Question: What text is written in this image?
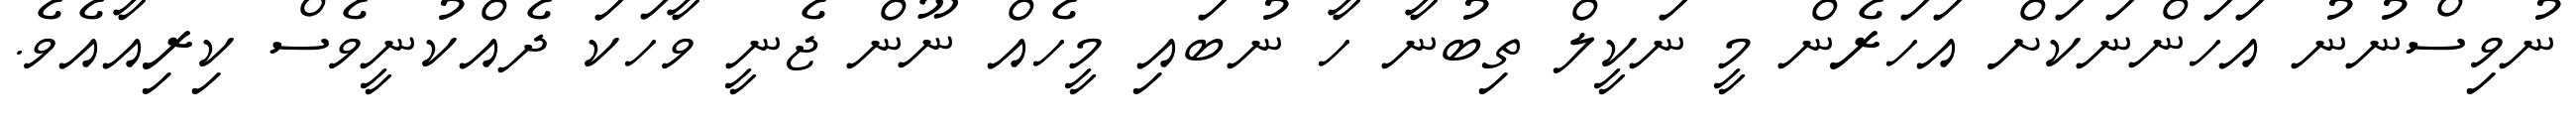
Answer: ނުވިސްނުނު އަހަންނަކަށް އަހަރެން މީ ނަކީލް ތިބުނާ ހާ ނުބައި މީހެއް ނޫން ޖެނީ ވާހަކަ ދެއްކުނީވެސް ކިރިއާއެވެ.